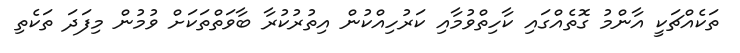
ތަކެއްޗަކީ އާންމު ގޮތެއްގައި ކާހިތްވުމާއި ކަރުހިއްކުން އިތުރުކުރާ ބާވަތްތަކަށް ވުމުން މިފަދަ ތަކެތި